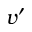
v ^ { \prime }